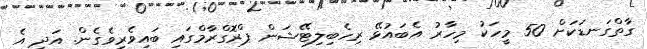
ގާތްގަނޑަކަށް 50 މީހަކު މިހާރު އެބައުޅޭ ރިހެބިލިޓޭޝަން ޕްރޮގްރާމްގައި ބައިވެރިވެގެން. އަދި އެ